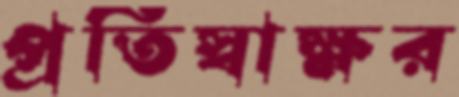
প্রতিস্বাক্ষর